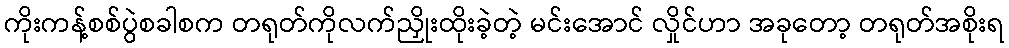
ကိုးကန့်စစ်ပွဲစခါစက တရုတ်ကိုလက်ညှိုးထိုးခဲ့တဲ့ မင်းအောင် လှိုင်ဟာ အခုတော့ တရုတ်အစိုးရ